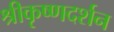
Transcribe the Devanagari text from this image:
श्रीकृष्णदर्शन